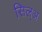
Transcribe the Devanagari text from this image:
सिल्‌अ